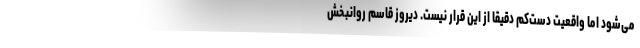
می‌شود اما واقعیت دست‌کم دقیقا از این قرار نیست. دیروز قاسم روانبخش